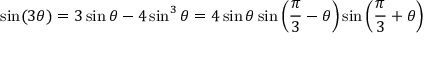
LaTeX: \sin ( 3 \theta ) = 3 \sin \theta - 4 \sin ^ { 3 } \theta = 4 \sin \theta \sin \left( { \frac { \pi } { 3 } } - \theta \right) \sin \left( { \frac { \pi } { 3 } } + \theta \right)